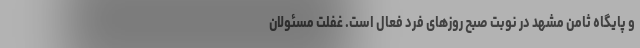
و پایگاه ثامن مشهد در نوبت صبح روز‌های فرد فعال است. غفلت مسئولان